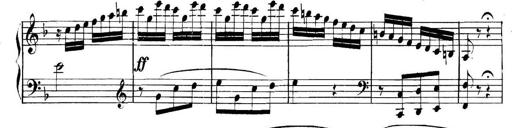
Title: Collected Piano Sonatas
Composer: Muzio Clementi